38_143685_box_Incident_Summaries_173-233
Agency: Department of War
Page 140
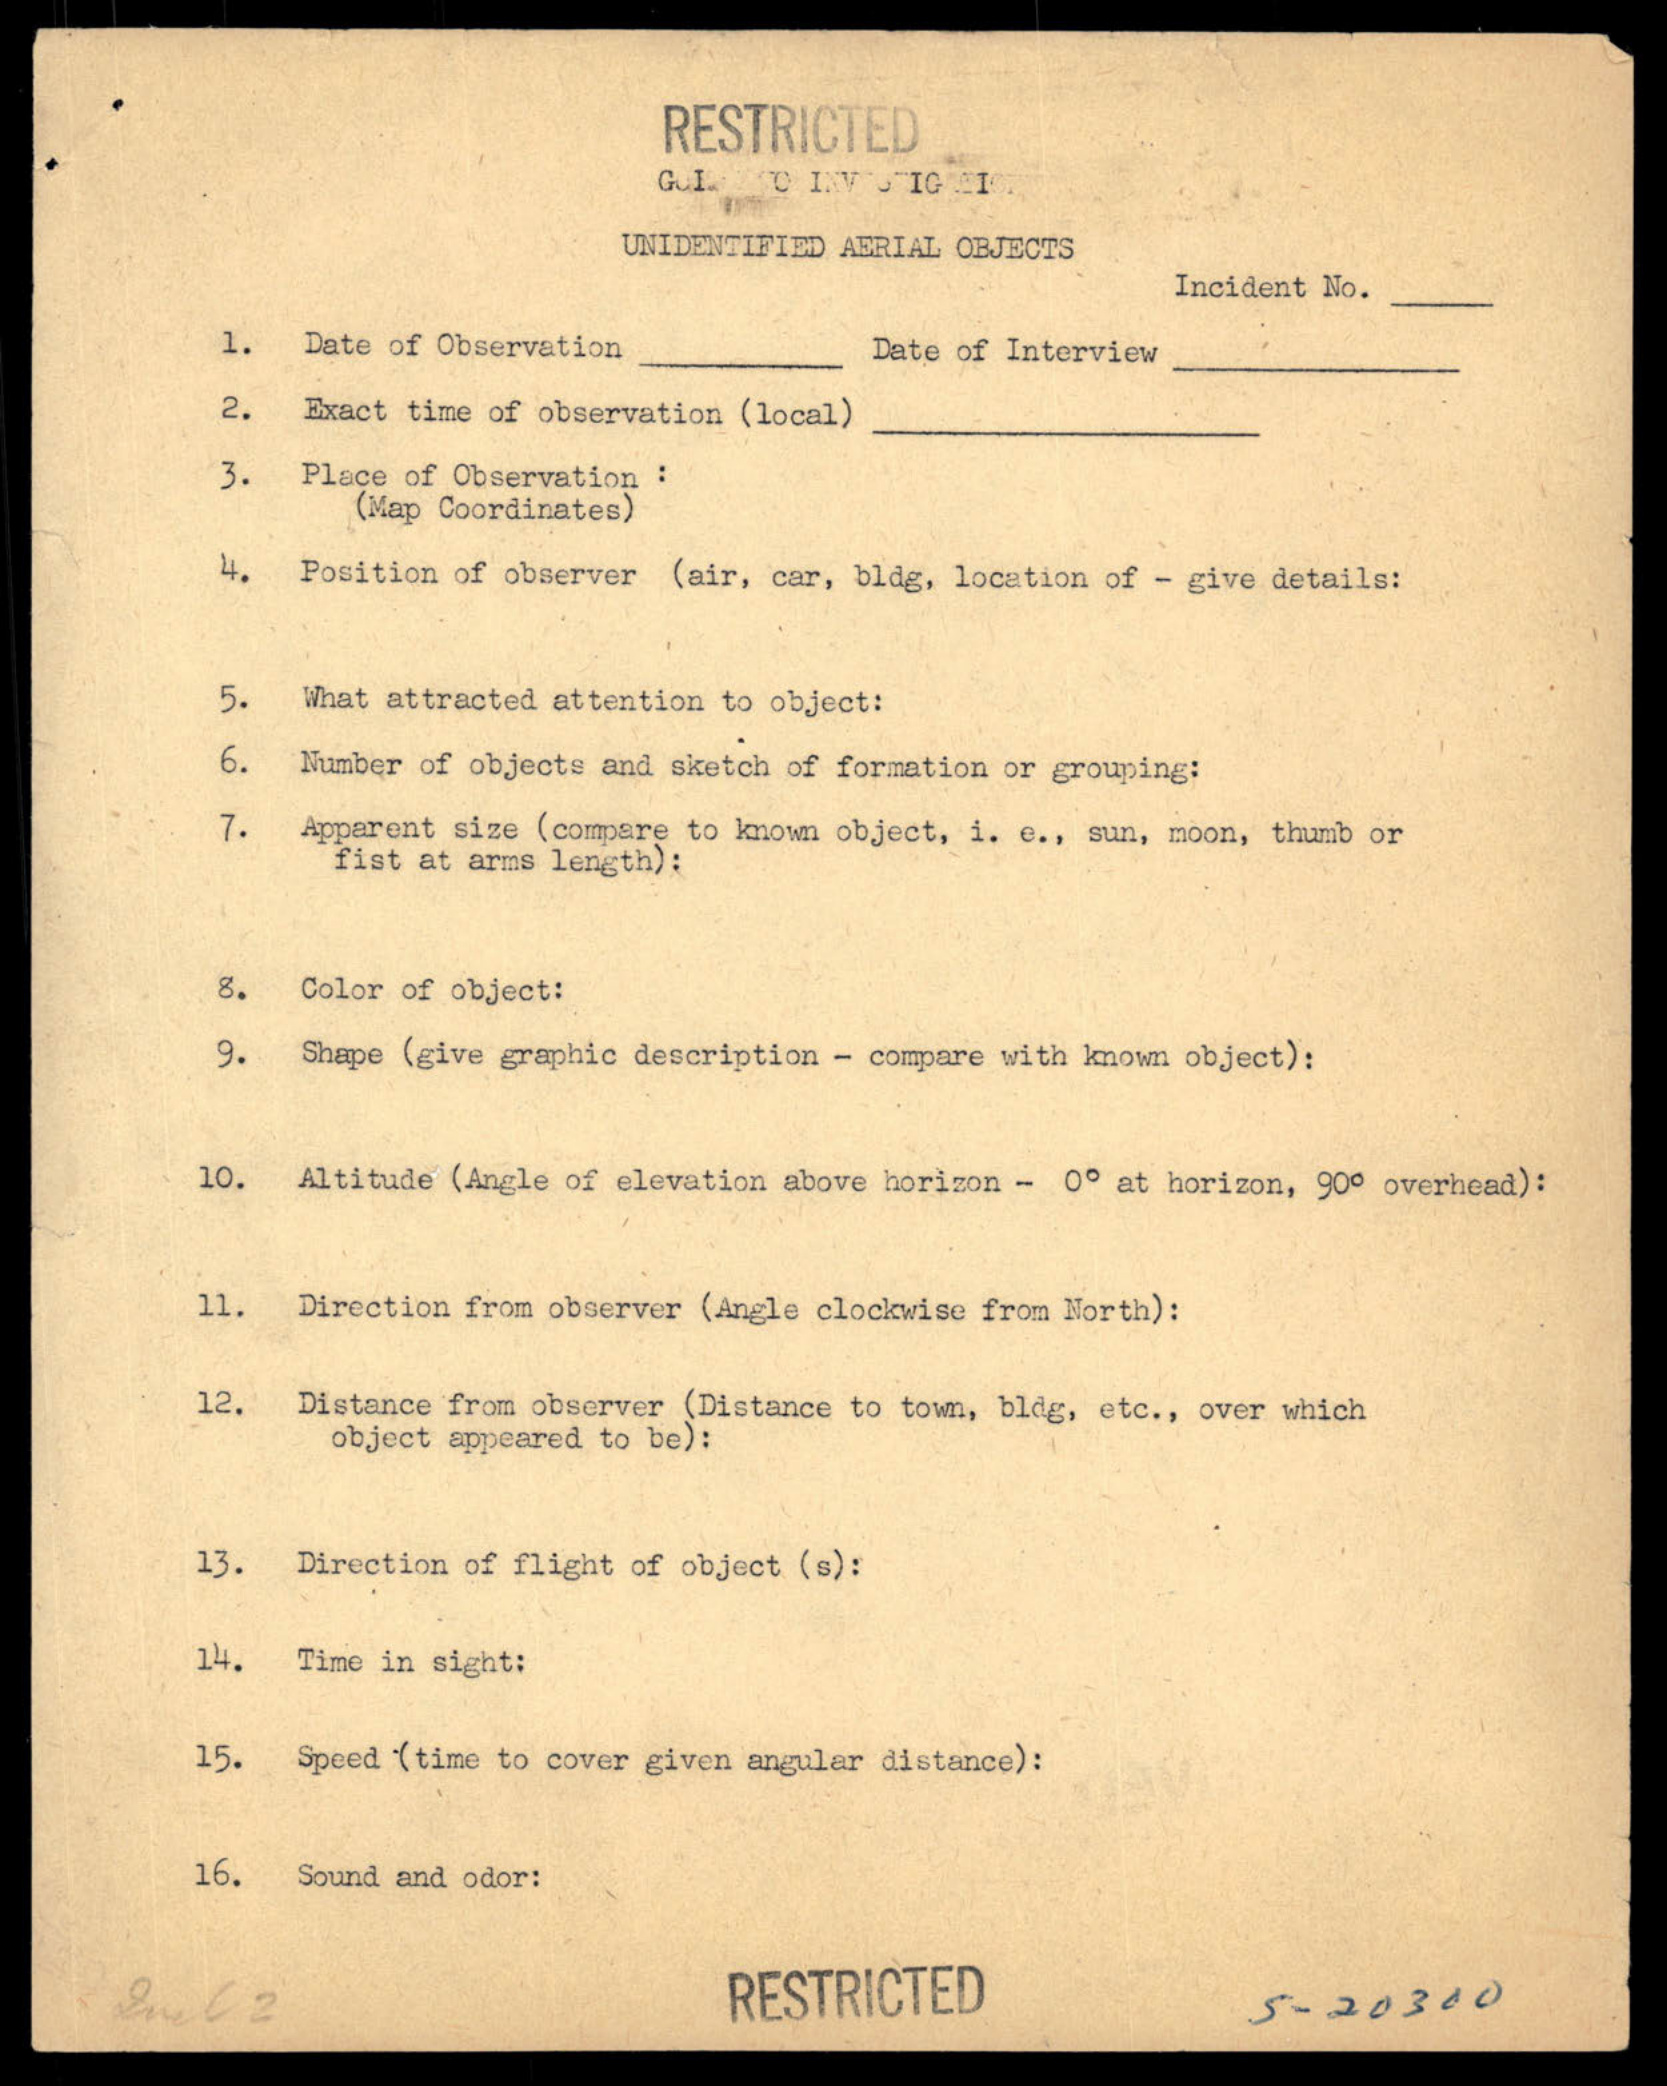